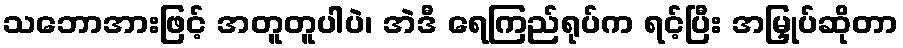
သဘောအားဖြင့် အတူတူပါပဲ၊ အဲဒီ ရေကြည်ရုပ်က ရင့်ပြီး အမြှုပ်ဆိုတာ